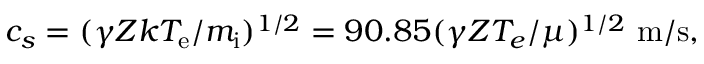
c _ { s } = ( \gamma Z k T _ { \mathrm { e } } / m _ { \mathrm { i } } ) ^ { 1 / 2 } = 9 0 . 8 5 ( \gamma Z T _ { e } / \mu ) ^ { 1 / 2 } ~ \mathrm { m / s } ,